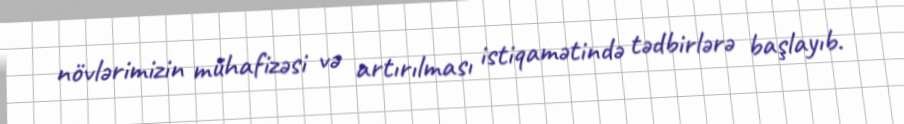
növlərimizin mühafizəsi və artırılması istiqamətində tədbirlərə başlayıb.